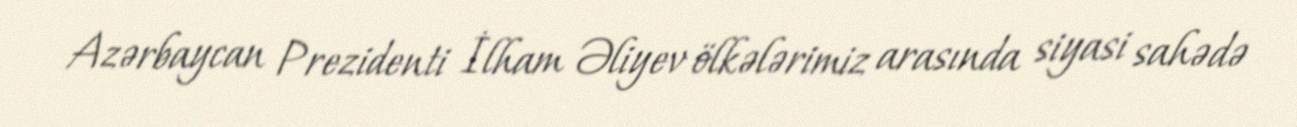
Azərbaycan Prezidenti İlham Əliyev ölkələrimiz arasında siyasi sahədə